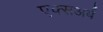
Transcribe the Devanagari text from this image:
एक्सअर्ब